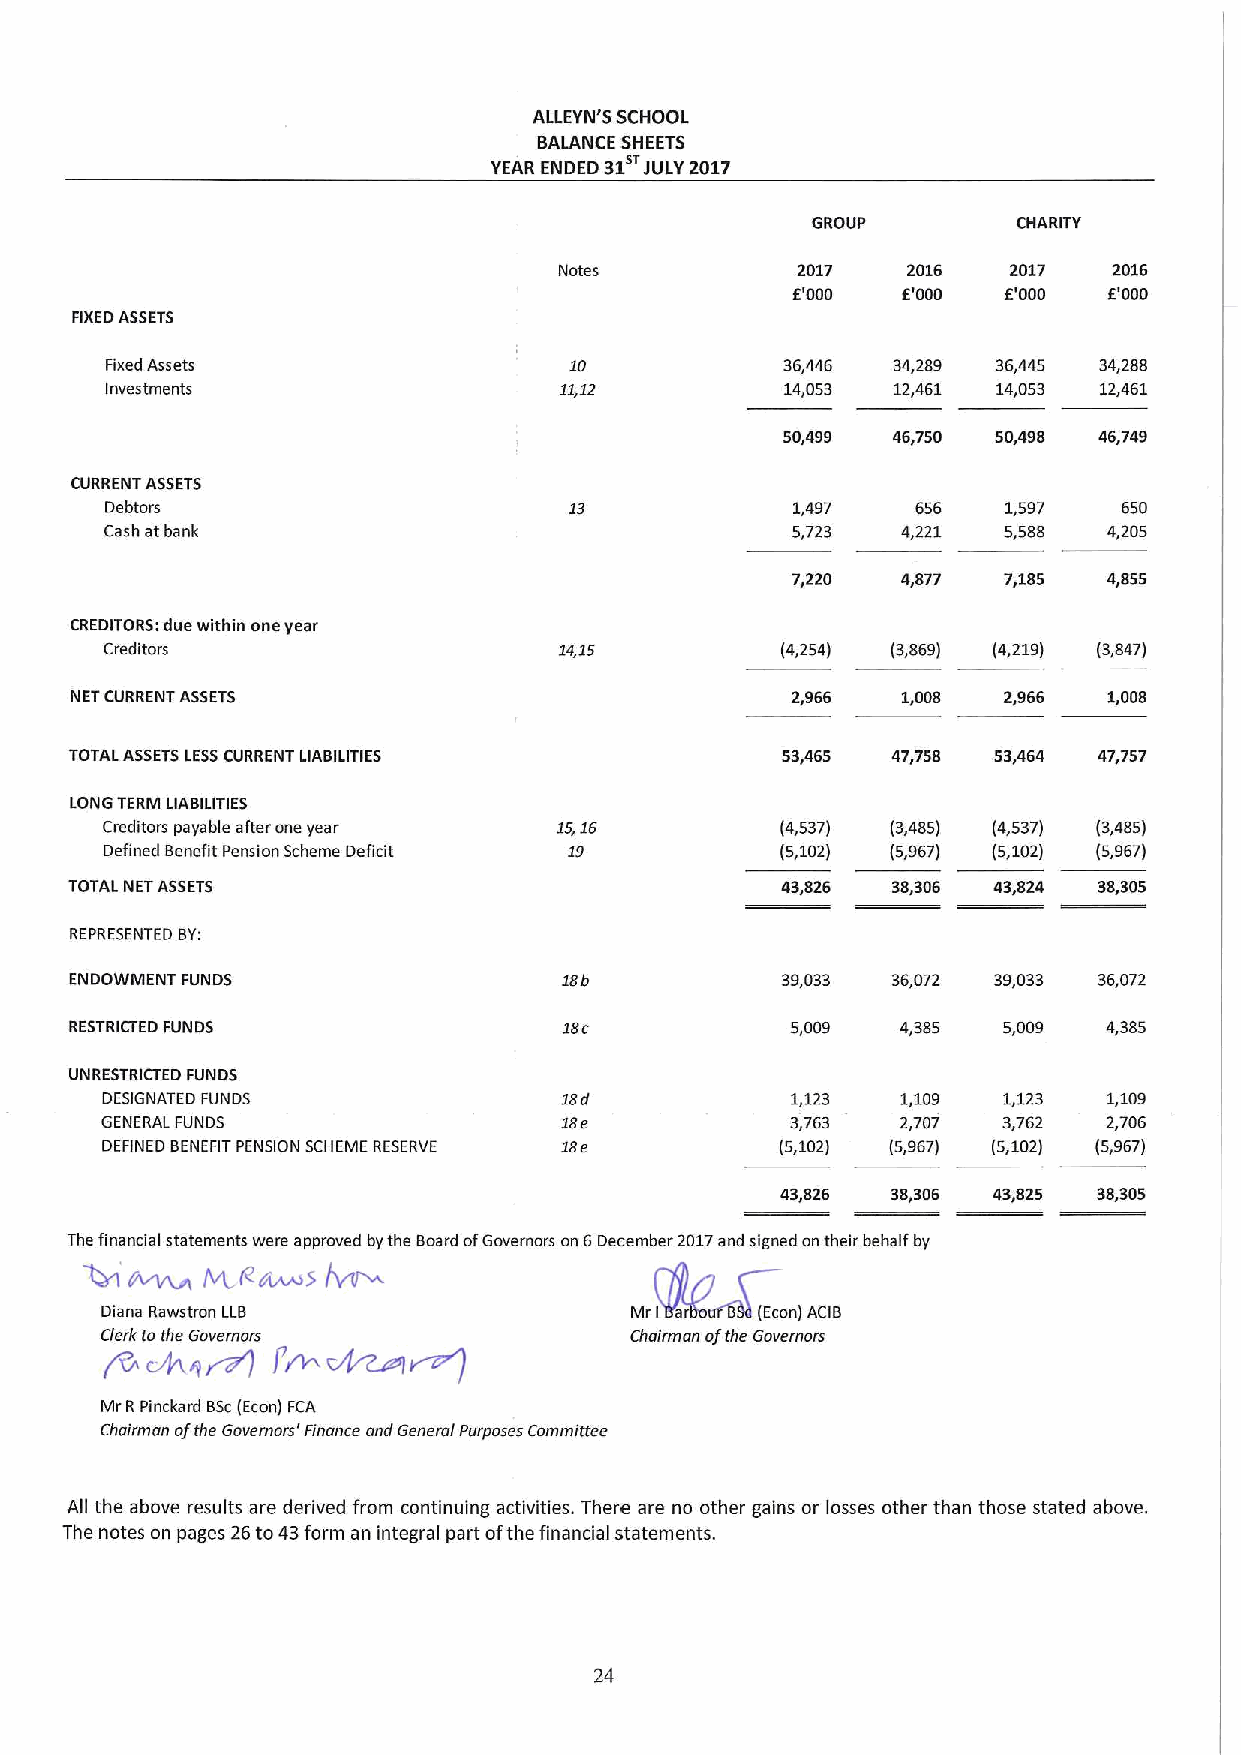
ALLEYN'5 SCHOOL
 BALANCE SHEETS
 YEAR ENDED 31 JULY 2017
 GROUP        CHARITY
 Notes           2017   2016   2017   2016
 E'000   E'000 F.'000 E'000
 FIXEDASSETS
 Fixed Assets                   10            36,446 34,289 36,445 34,288
 Investments                   11,12          14,053 12,461 14,053 12,461
 50,499 46,750 50,498 46,749
 CURRENT ASSETS
 Debtors                                      1,497    656  1,597   650
 Cash at bank                                 5,723   4,221 5,588  4,205
 7,220   4,877 7,185  4,855
 CREDITORS:due within one year
 Creditors                     14,15          (4,254) (3,869) (4,219) (3,847)
 NETCURRENT ASSETS                              2,966   1,008 2,966  1,008
 TOTAL ASSETSLESSCURRENT LIABILITIES            53,465 47,758 53,464 47,757
 LONG TERM LIABILITIES
 Creditors payable after one year 1516        (4,537) (3,485) (4,537) (3,485)
 Defined Benefit Pension Scheme Deficit 19    (5,102) (5,967) (5,102) (5,967)
 TOTAL NETASSETS                                43,826 38,306 43,824 38,305
 REPRESENTED BY:
 ENDOWMENT FUNDS                 188            39,033 36,072 39,033 36,072
 RESTRICTED FUNDS                sac            5,009   4,385 5,009  4,385
 UNRESTRICTED FUNDS
 DESIGNATED FUNDS              sad            1123    1,109 1,123  1,109
 GENERAL FUNDS                 18e            3,763   2,707 3,762  2,706
 DEFINED BENEFITPENSION SCHEME RESERVE 18e    (5,1021 (5,967) (5,102) (5,967)
 43,826 38,306 43,825 38,305
 ~             ~
 The financial statements were approved bythe Board ofGovernors on 6December 2017and signed ontheir behalf by
 W
 ltx(.fcsdvcxaS
 Diana Rawstron LLB                 Mr I ar 8 (Econ)ACIB
 Clerk tothe Governors              Chairman ofthe Governors
 Mr R Pinckard Bsc(Econ) FCA
 Chairman ofthe Governors' Finance ond General Purposes Committee
 All the above results are derived from continuing activities. There are no other gains or losses other than those stated above.
 The notes on pages 26to43form an integral part ofthe financial statements.
 24